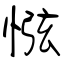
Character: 惤